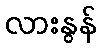
လားနွန်